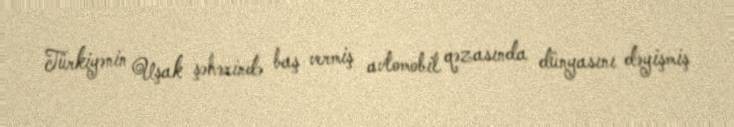
Türkiyənin Uşak şəhərində baş vermiş avtomobil qəzasında dünyasını dəyişmiş